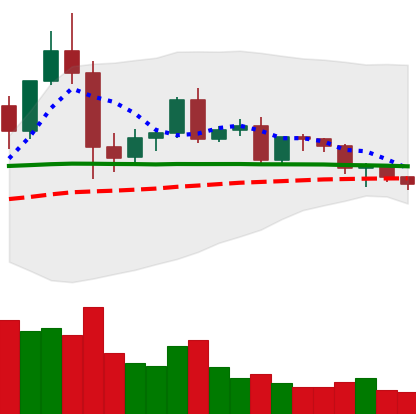
Ticker: EOS-USD
Chart end date: 2020-12-11
Forward return: 14.977%
Label: up_7plus